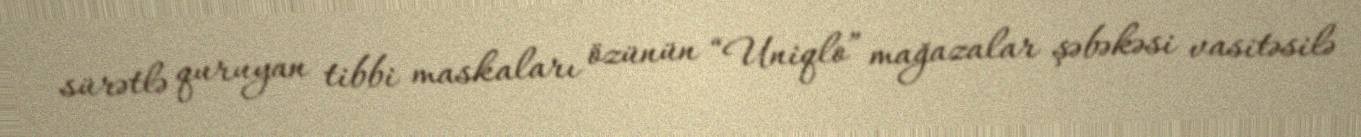
sürətlə quruyan tibbi maskaları özünün “Uniqlo” mağazalar şəbəkəsi vasitəsilə